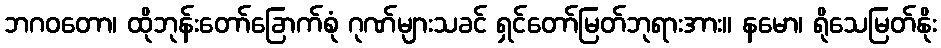
ဘဂဝတော၊ ထိုဘုန်းတော်ခြောက်စုံ ဂုဏ်များသခင် ရှင်တော်မြတ်ဘုရားအား။ နမော၊ ရိုသေမြတ်နိုး